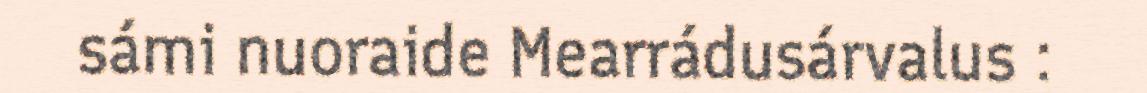
sámi nuoraide Mearrádusárvalus :